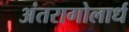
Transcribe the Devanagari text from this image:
अंतरागोलार्ध